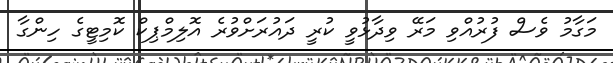
މަގާމު ވެސް ފުރުއްވި މަރޭ ވިދާޅުވީ ކުރީ ދައުރަށްވުރެ އޮލިމްޕިކް ކޮމިޓީގެ ހިންގާ